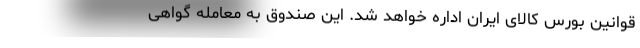
قوانین بورس کالای ایران اداره خواهد شد. این صندوق به معامله گواهی